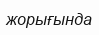
жорығында